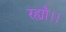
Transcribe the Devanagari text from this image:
रह्यौ।।